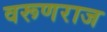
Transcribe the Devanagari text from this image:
वरूणराज